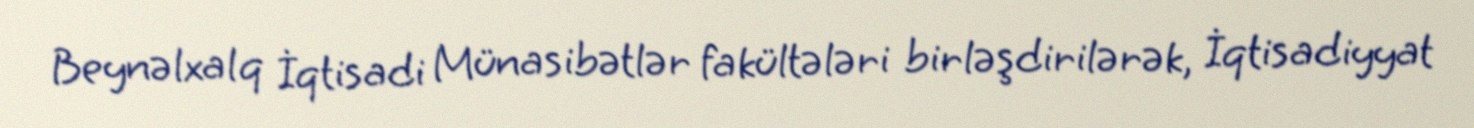
Beynəlxalq İqtisadi Münasibətlər fakültələri birləşdirilərək, İqtisadiyyat